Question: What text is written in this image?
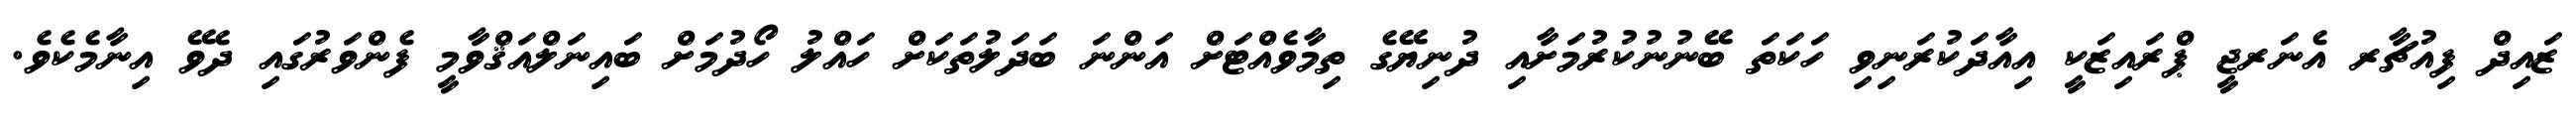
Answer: ޒައިދް ފިއުޗާރ އެނަރޖީ ޕްރައިޒަކީ އިއާދަކުރަނިވި ހަކަތަ ބޭނުނުކުރުމަށާއި ދުނިޔޭގެ ތިމާވެއްޓަށް އަންނަ ބަދަލުތަކަށް ހައްލު ހޯދުމަށް ބައިނަލްއަޤްވާމީ ފެންވަރުގައި ދެވޭ އިނާމެކެވެ.